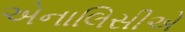
એનાલિસીએ